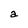
Character: a